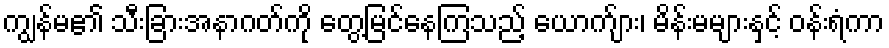
ကျွန်မ၏ သီးခြားအနာဂတ်ကို တွေ့မြင်နေကြသည့် ယောက်ျား၊ မိန်းမများနှင့် ဝန်းရံကာ